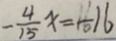
- \frac { 4 } { 1 5 } x = - 1 6